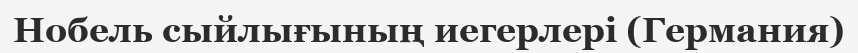
Нобель сыйлығының иегерлері (Германия)